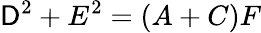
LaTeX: \mathsf{D}^{2}+E^{2}=(A+C)F